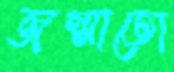
জন্মাতো